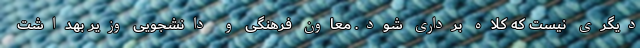
دیگری نیست که کلاه برداری شود. معاون فرهنگی و دانشجویی وزیر بهداشت